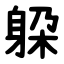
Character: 躱